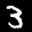
Digit: 3